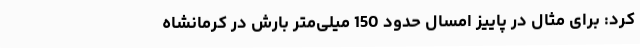
کرد: برای مثال در پاییز امسال حدود 150 میلی‌متر بارش در کرمانشاه